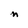
Character: n